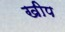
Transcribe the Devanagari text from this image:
खीप